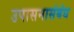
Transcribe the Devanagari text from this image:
उपासनासंबंध